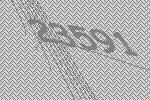
23591